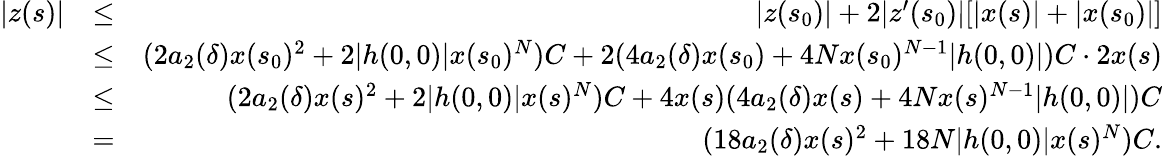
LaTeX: \begin{array}{rlr}{|z(s)|}&{\leq}&{|z(s_{0})|+2|z^{\prime}(s_{0})|[|x(s)|+|x(s_{0})|]}\\ &{\leq}&{(2a_{2}(\delta)x(s_{0})^{2}+2|h(0,0)|x(s_{0})^{N})C+2(4a_{2}(\delta)x(s_{0})+4Nx(s_{0})^{N-1}|h(0,0)|)C\cdot 2x(s)}\\ &{\leq}&{(2a_{2}(\delta)x(s)^{2}+2|h(0,0)|x(s)^{N})C+4x(s)(4a_{2}(\delta)x(s)+4Nx(s)^{N-1}|h(0,0)|)C}\\ &{=}&{(18a_{2}(\delta)x(s)^{2}+18N|h(0,0)|x(s)^{N})C.}\end{array}